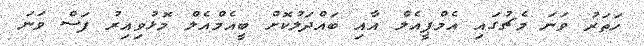
ހަތަރު ވަނަ މެޗުގައި އެމްޕީއެލް އާއި ބައްދަލުކޮށް ބީއެމްއެލް މޮޅުވިއިރު ފަސް ވަނަ